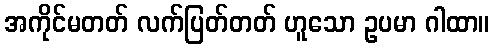
အကိုင်မတတ် လက်ပြတ်တတ် ဟူသော ဥပမာ ဂါထာ။